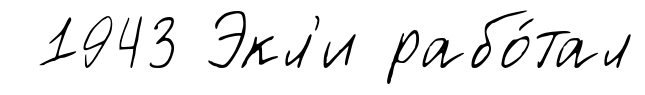
1943 Экл'и рабо́тал